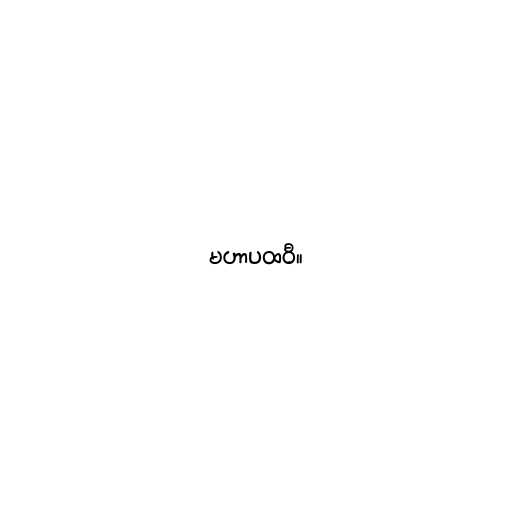
မဟာပထဝီ။